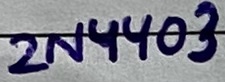
Text: 2N4403